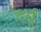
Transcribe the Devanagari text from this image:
दर्मू